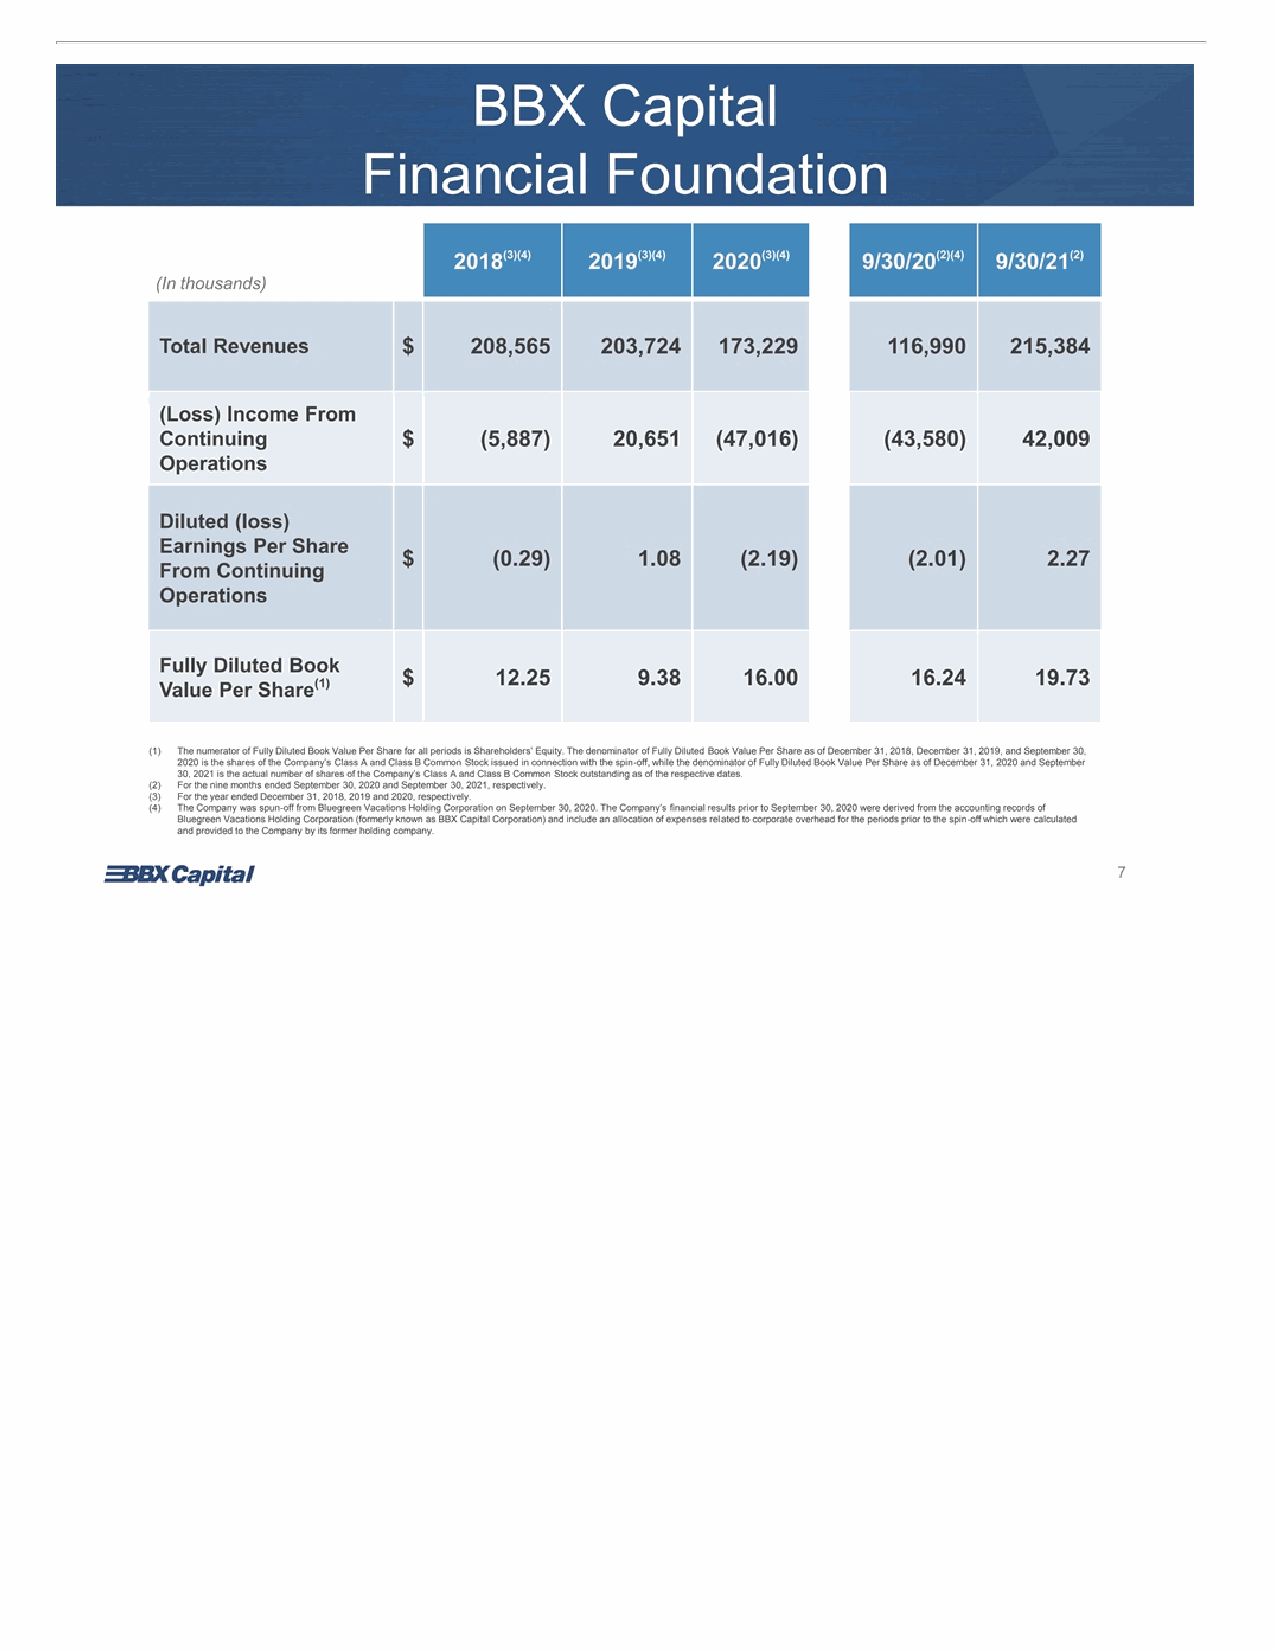
BBX Capital Financial Foundation (3)(4) (3)(4) (3)(4) (2)(4) (2) 2018 2019 2020 9/30/20 9/30/21 (In thousands) Total Revenues $ 208,565 203,724 173,229 116,990 215,384 (Loss) Income From Continuing $ (5,887) 20,651 (47,016) (43,580) 42,009 Operations Diluted (loss) Earnings Per Share $ (0.29) 1.08 (2.19) (2.01) 2.27 From Continuing Operations Fully Diluted Book $ 12.25 9.38 16.00 16.24 19.73 (1) Value Per Share (1) The numerator of Fully Diluted Book Value Per Share for all periods is Shareholders’ Equity. The denominator of Fully Diluted Book Value Per Share as of December 31, 2018, December 31, 2019, and September 30, 2020 is the shares of the Company’s Class A and Class B Common Stock issued in connection with the spin-off, while the denominator of Fully Diluted Book Value Per Share as of December 31, 2020 and September 30, 2021 is the actual number of shares of the Company’s Class A and Class B Common Stock outstanding as of the respective dates. (2) For the nine months ended September 30, 2020 and September 30, 2021, respectively. (3) For the year ended December 31, 2018, 2019 and 2020, respectively. (4) The Company was spun-off from Bluegreen Vacations Holding Corporation on September 30, 2020. The Company’s financial results prior to September 30, 2020 were derived from the accounting records of Bluegreen Vacations Holding Corporation (formerly known as BBX Capital Corporation) and include an allocation of expenses related to corporate overhead for the periods prior to the spin-off which were calculated and provided to the Company by its former holding company. 7